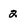
Character: 2